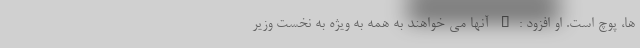
ها، پوچ است. او افزود :" آنها می خواهند به همه به ویژه به نخست وزیر